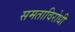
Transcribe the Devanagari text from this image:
समताविरोधी